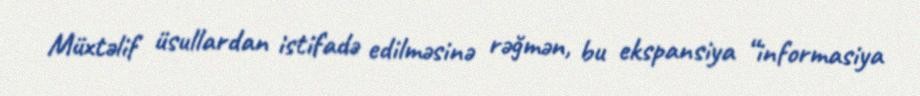
Müxtəlif üsullardan istifadə edilməsinə rəğmən, bu ekspansiya “informasiya